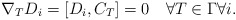
\begin{align*} \nabla_TD_i=[D_i,C_T]=0\quad\forall T\in\Gamma\forall i.\end{align*}